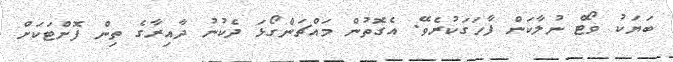
ބަޔަކު ވޯޓް ނުލާކަން ފާހަގަކުރެވޭ. އެގޮތުން މައްޗަންގޯޅަ ދެކުނު ދާއިރާގެ ތިން ފޮށްޓަކަށް